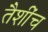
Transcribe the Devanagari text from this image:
तैशींच